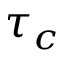
\tau _ { c }